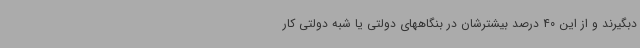
دبگیرند و از این 40 درصد بیشترشان در بنگاههای دولتی یا شبه دولتی کار